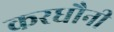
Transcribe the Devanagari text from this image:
करधौनी